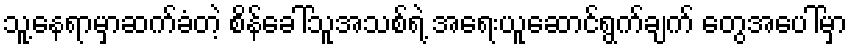
သူ့နေရာမှာဆက်ခံတဲ့ စိန်ခေါ်သူအသစ်ရဲ့ အရေးယူဆောင်ရွက်ချက် တွေအပေါ်မှာ